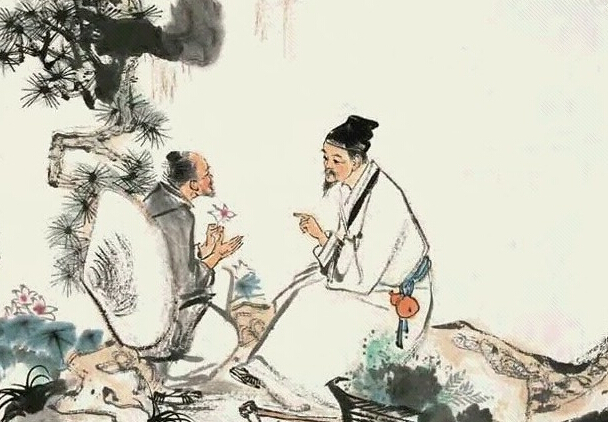
夫志，气之帅也气，体之充也。